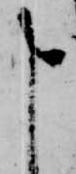
申